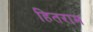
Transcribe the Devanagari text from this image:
हितराम